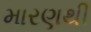
મારણથી